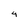
Character: 4